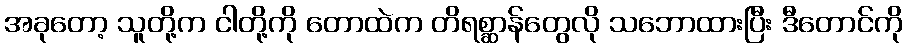
အခုတော့ သူတို့က ငါတို့ကို တောထဲက တိရစ္ဆာန်တွေလို သဘောထားပြီး ဒီတောင်ကို